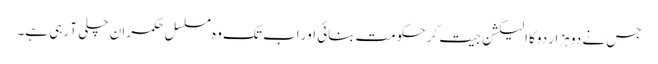
جس نے دو ہزار دوکا الیکشن جیت کر حکومت بنائی اور اب تک وہ مسلسل حکمران چلی آ رہی ہے۔